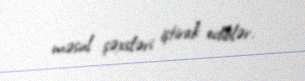
məsul şəxsləri iştirak ediblər.